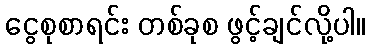
ငွေစုစာရင်း တစ်ခုစ ဖွင့်ချင်လို့ပါ။